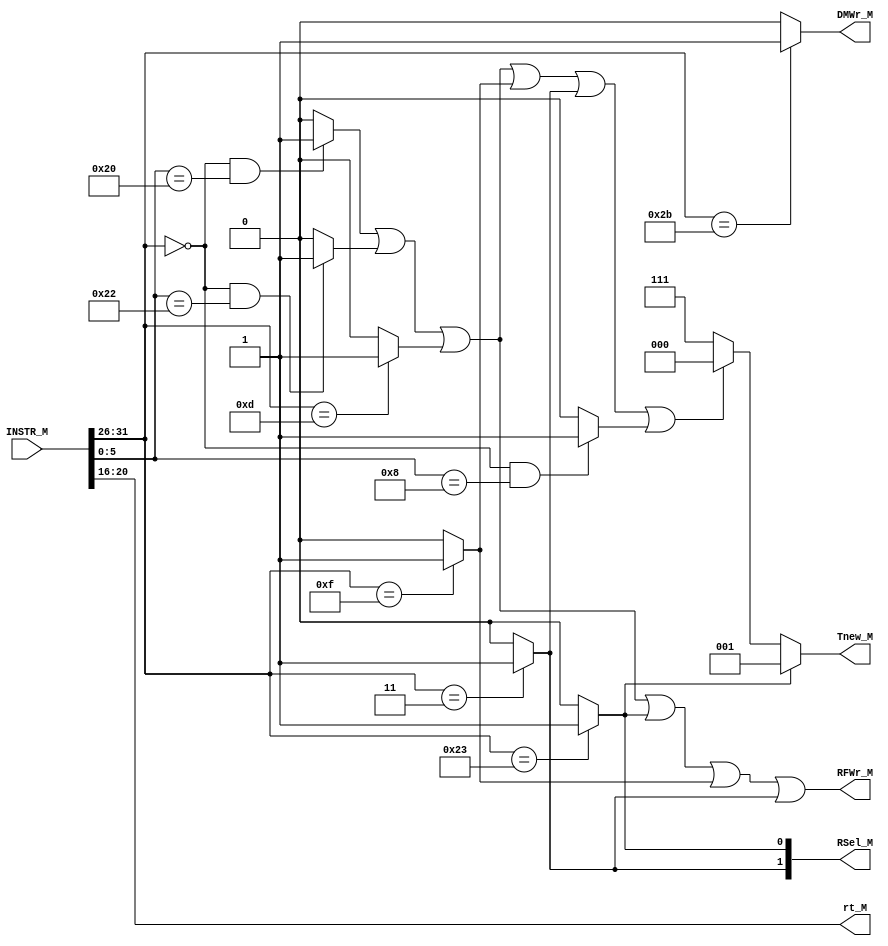
`timescale 1ns / 1ps
//////////////////////////////////////////////////////////////////////////////////
// Company: 
// Engineer: 
// 
// Design Name: 
// Module Name:    M_CONTROLLER 
// Project Name: 
// Target Devices: 
// Tool versions: 
// Description: 
//
// Dependencies: 
//
// Revision: 
// Revision 0.01 - File Created
// Additional Comments: 
//
//////////////////////////////////////////////////////////////////////////////////
module M_CONTROLLER(
    input [31:0] INSTR_M,
    output DMWr_M,
    output [4:0] rt_M,
    output RFWr_M,
	 output [2:0] Tnew_M,
	 output [1:0] RSel_M
    );

wire [5:0] opcode;
wire [5:0] func;

assign opcode = INSTR_M[31:26];
assign func = INSTR_M[5:0];

assign add = (opcode == 6'b000000 && func == 6'b100000)? 1 : 0;
assign sub = (opcode == 6'b000000 && func == 6'b100010)? 1 : 0;
assign ori = (opcode == 6'b001101)? 1 : 0;
assign lw = (opcode == 6'b100011)? 1 : 0;
assign sw = (opcode == 6'b101011)? 1 : 0;
assign beq = (opcode == 6'b000100)? 1 : 0;
assign lui = (opcode == 6'b001111)? 1 : 0;
assign jal = (opcode == 6'b000011)? 1 : 0;
assign jr = (opcode == 6'b000000 && func == 6'b001000)? 1 : 0;

assign DMWr_M = sw;
assign rt_M = INSTR_M [20:16];
assign RFWr_M = add | sub | ori | lw | lui | jal;
assign Tnew_M = (lw == 1) ? 3'b001 :
					 (add | sub | ori | lui | jal | jr) ? 3'b000 :
					 3'b111;
					 
assign RSel_M[0] = lw;
assign RSel_M[1] = jal; 

endmodule